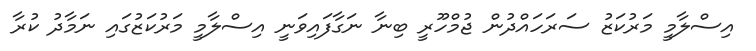
އިސްލާމީ މަރުކަޒު ސަރަހައްދުން ޖުމްހޫރީ ބިނާ ނަގާފައިވަނީ އިސްލާމީ މަރުކަޒުގައި ނަމާދު ކުރާ